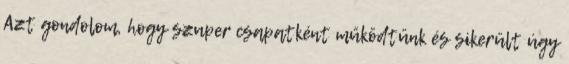
Azt gondolom, hogy szuper csapatként működtünk és sikerült úgy